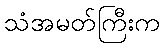
သံအမတ်ကြီးက